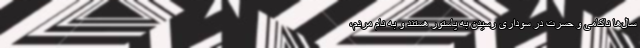
سال‌ها ناکامی و حسرت در سوداری رسیدن به پاستور هستند و به نام مردم،